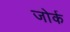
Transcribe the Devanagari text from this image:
जोर्क